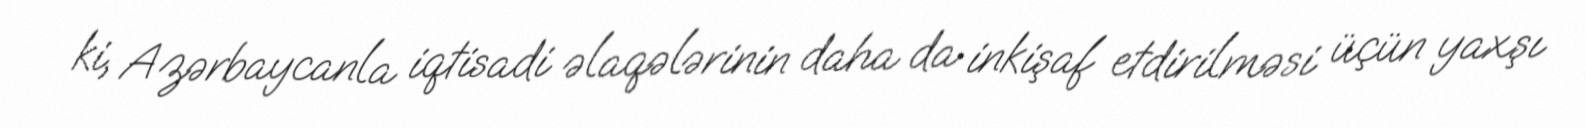
ki, Azərbaycanla iqtisadi əlaqələrinin daha da inkişaf etdirilməsi üçün yaxşı